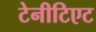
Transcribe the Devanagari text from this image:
टेनीटिएट